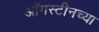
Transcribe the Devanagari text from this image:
ऑगस्टीनच्या